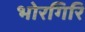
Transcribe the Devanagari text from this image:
भोरगिरि